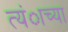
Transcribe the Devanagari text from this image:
त्यंाच्या